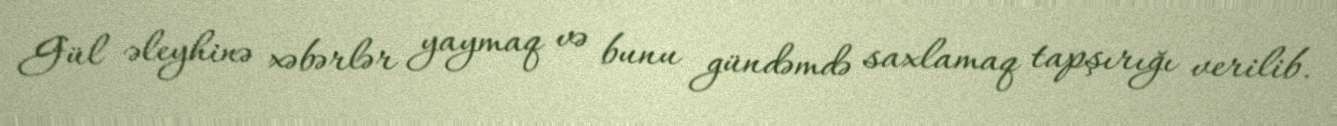
Gül əleyhinə xəbərlər yaymaq və bunu gündəmdə saxlamaq tapşırığı verilib.